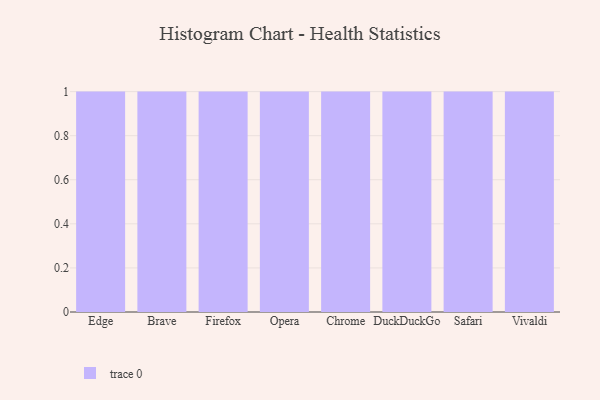
{"axis": {"x": "Browser", "y": "Revenue (USD Million)"}, "legend": [""], "data": [{"x": "Edge", "y": 98, "type": ""}, {"x": "Brave", "y": 31, "type": ""}, {"x": "Firefox", "y": 6, "type": ""}, {"x": "Opera", "y": 37, "type": ""}, {"x": "Chrome", "y": 52, "type": ""}, {"x": "DuckDuckGo", "y": 41, "type": ""}, {"x": "Safari", "y": 87, "type": ""}, {"x": "Vivaldi", "y": 20, "type": ""}]}